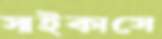
সাইকাসে